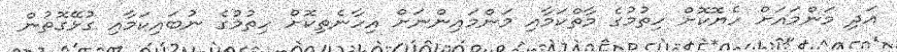
އަދި މަންމައަށް ހެޔޮކޮށް ހިތުމުގެ މާތްކަމާއި މަންމައިންނަށް އިހާނެތިކޮށް ހިތުމުގެ ނުބައިކަމާއި ގުޅޭގޮތުން